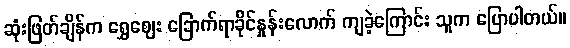
ဆုံးဖြတ်ချိန်က ရွှေဈေး ခြောက်ရာခိုင်နှုန်းလောက် ကျခဲ့ကြောင်း သူက ပြောပါတယ်။